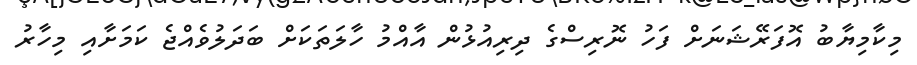
މިކާމިޔާބު އޮފަރޭޝަނަށް ފަހު ނޮރިސްގެ ދިރިއުޅުން އާއްމު ހާލަތަކަށް ބަދަލުވެއްޖެ ކަމަށާއި މިހާރު